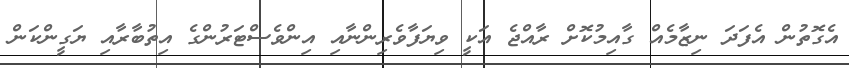
އެގޮތުން އެފަދަ ނިޒާމެއް ގާއިމުކޮށް ރާއްޖެ އަކީ ވިޔަފާވެރިންނާއި އިންވެސްޓަރުންގެ އިތުބާރާއި ޔަގީންކަން